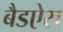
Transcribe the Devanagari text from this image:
बैडऐस